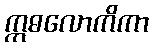
ဣဓလောကိကာ